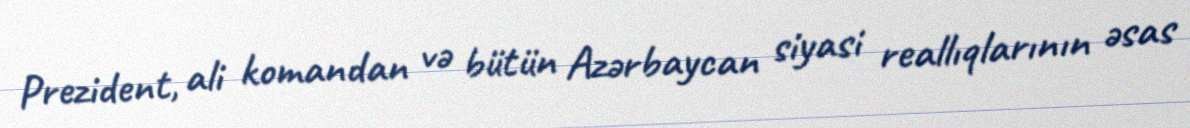
Prezident, ali komandan və bütün Azərbaycan siyasi reallıqlarının əsas